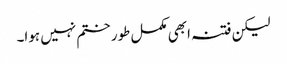
لیکن فتنہ ابھی مکمل طور ختم نہیں ہوا۔